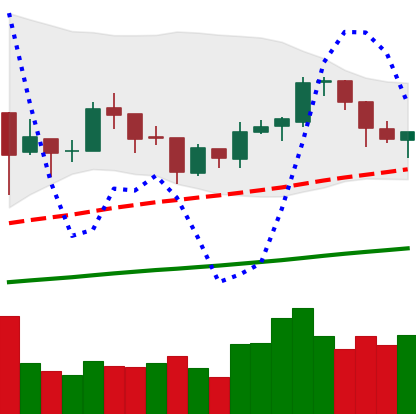
Ticker: BTC-USD
Chart end date: 2018-01-10
Forward return: -7.704%
Label: down_7plus